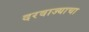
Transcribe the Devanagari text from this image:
दरवाज्याचा